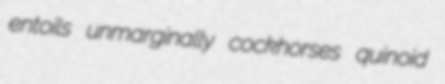
entoils unmarginally cockhorses quinoid